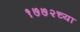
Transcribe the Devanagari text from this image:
१७७२च्या